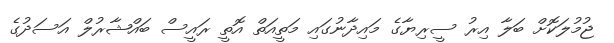
ޖުމުލަކޮށް ބަލާ އިރު ސީރިޔާގެ މައިދާނުގައި މަތީއަތް އޮތީ ރައީސް ބައްޝާރުލް އަސަދުގެ